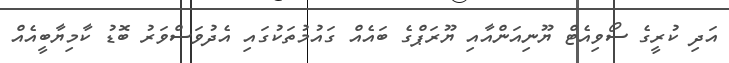
އަދި ކުރީގެ ސޯވިއެޓް ޔޫނިއަންއާއި ޔޫރަޕްގެ ބައެއް ގައުމުތަކުގައި އެދުވަސްވަރު ބޮޑު ކާމިޔާބީއެއް